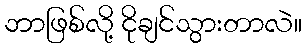
ဘာဖြစ်လို့ ငိုချင်သွားတာလဲ။